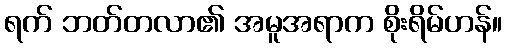
ရက် ဘတ်တလာ၏ အမူအရာက စိုးရိမ်ဟန်။